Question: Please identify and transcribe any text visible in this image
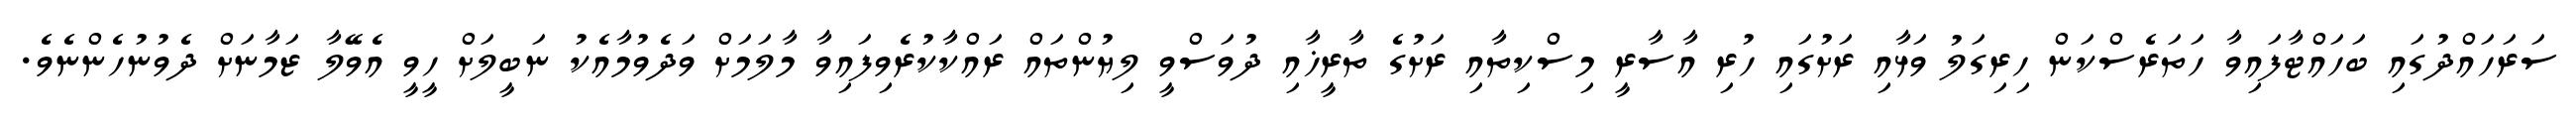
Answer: ސަރަހައްދުގައި ބަހައްޓާފައިވާ ހަތަރެސްކަން ހިރިގަލު ވަޅާއި ރަށުގައި ހުރި އާސާރީ މިސްކިތާއި ރަށުގެ ތާރީޚާއި ދުވަސްވީ ލިޔުންތައް ރައްކާކުރެވިފައިވާ މާލަމަށް ވަދެވުމާއެކު ނަބީލަށް ހީވީ އެވޭލާ ޒަމާނަށް ދެވުނުހެންނެވެ.